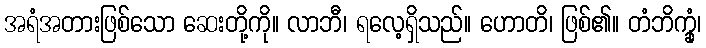
အရံအတားဖြစ်သော ဆေးတို့ကို။ လာဘီ၊ ရလေ့ရှိသည်။ ဟောတိ၊ ဖြစ်၏။ တံဘိက္ခုံ၊